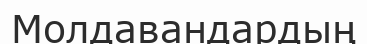
Молдавандардың